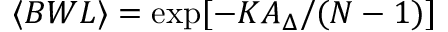
\langle B W L \rangle = \exp [ - K A _ { \Delta } / ( N - 1 ) ]